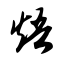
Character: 焐